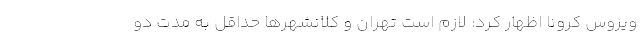
ویروس کرونا اظهار کرد: لازم است تهران و کلانشهرها حداقل به مدت دو